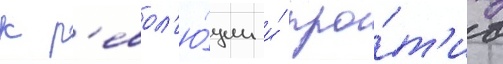
к р'евол'ю́ции и́ про́т'ив